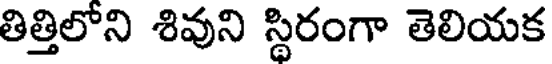
తిత్తిలోని శివుని స్థిరంగా తెలియక